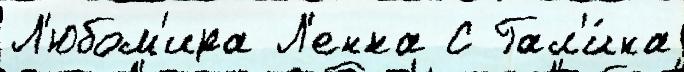
Л'юбом'ира Л'енка С Гал'и́на